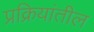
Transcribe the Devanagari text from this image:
प्रक्रियांतील